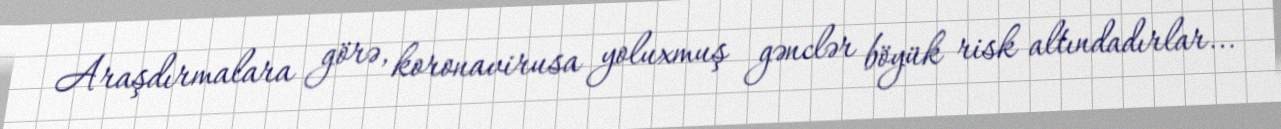
Araşdırmalara görə, koronavirusa yoluxmuş gənclər böyük risk altındadırlar...